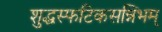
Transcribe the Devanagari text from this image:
शुद्धस्फटिकसन्निभम्